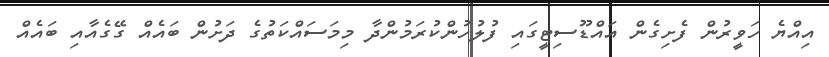
އިއްޔެ ހަވީރުން ފެށިގެން އައްޑޫސިޓީގައި ފުލުހުންކުރަމުންދާ މިމަސައްކަތުގެ ދަށުން ބައެއް ގޭގެއާއި ބައެއް